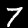
Digit: 7